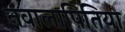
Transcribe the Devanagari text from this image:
नवालापितिया